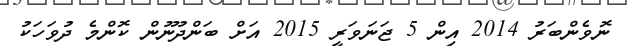
ނޮވެންބަރު 2014 އިން 5 ޖަނަވަރީ 2015 އަށް ބަންދުނޫން ކޮންމެ ދުވަހަކު